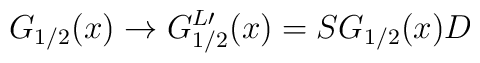
G_{1/2}(x)\rightarrow G_{1/2}^{L\prime }(x)=SG_{1/2}(x)D